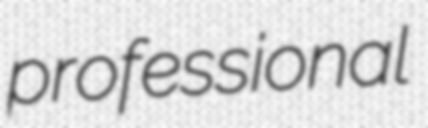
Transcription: professional